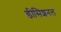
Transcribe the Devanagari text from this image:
डीसिशनल